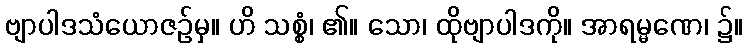
ဗျာပါဒသံယောဇဉ်မှ။ ဟိ သစ္စံ၊ ၏။ သော၊ ထိုဗျာပါဒကို။ အာရမ္မဏေ၊ ၌။